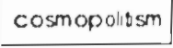
cosmopolitism